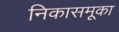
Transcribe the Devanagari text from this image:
निकासमूका